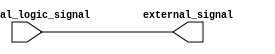
module lvcmos_buffer (
    input wire internal_logic_signal,
    output reg external_signal
);

assign external_signal = internal_logic_signal;

endmodule